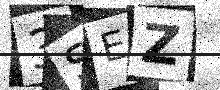
Text: 3SEZ